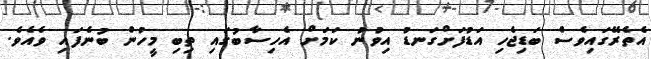
އެތެރޭގައިވެސް ބަޑިޖެހި އަޑުފަށްގަނޑު އިވުނު ކަމަށް އެހިސާބުގައި ތިބި މީހުން ބުނެފައި ވެއެވެ.